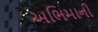
અભિમાની